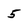
Character: 5